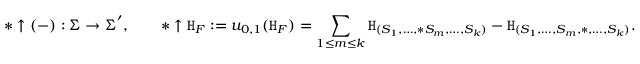
\ast \uparrow ( - ) : \boldsymbol { \Sigma } \to \boldsymbol { \Sigma } ^ { \prime } , \qquad \ast \uparrow \mathtt { H } _ { F } : = u _ { 0 , 1 } ( \mathtt { H } _ { F } ) = \sum _ { 1 \leq m \leq k } \mathtt { H } _ { ( S _ { 1 } , \dots , \ast S _ { m } , \dots , S _ { k } ) } - \mathtt { H } _ { ( S _ { 1 } , \dots , S _ { m } , \ast , \dots , S _ { k } ) } .